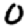
Digit: 0